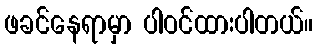
ဖခင်နေရာမှာ ပါဝင်ထားပါတယ်။